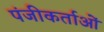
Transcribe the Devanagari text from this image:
पंजीकर्ताओं